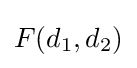
F(d_{1},d_{2})